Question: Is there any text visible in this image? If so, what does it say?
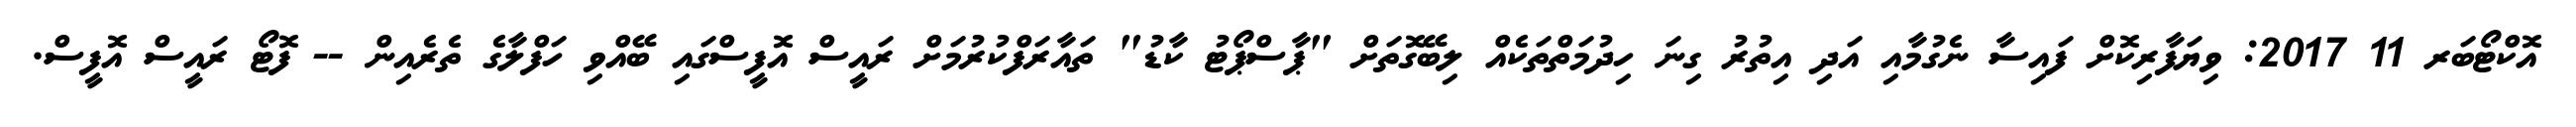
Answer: އޮކްޓޯބަރ 11 2017: ވިޔަފާރިކޮށް ފައިސާ ނެގުމާއި އަދި އިތުރު ގިނަ ހިދުމަތްތަކެއް ލިބޭގޮތަށް "ޕާސްޕޯޓު ކާޑު" ތައާރަފްކުރުމަށް ރައީސް އޮފީސްގައި ބޭއްވި ހަފްލާގެ ތެރެއިން -- ފޮޓޯ ރައީސް އޮފީސް.